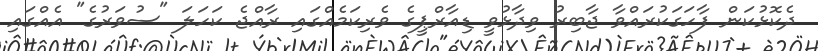
ދެކޮޅުކަން ފާހަގަކުރައްވާ ޖާބިރު ވިދާޅުވީ ޑިއާރްޕީގެ ވެރިކަމެއްގައި ރާއްޖެ ކަހަލަ "ސުވަރުގެ" އެއްގައި